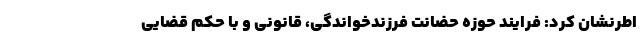
اطرنشان کرد: فرایند حوزه حضانت فرزندخواندگی، قانونی و با حکم قضایی